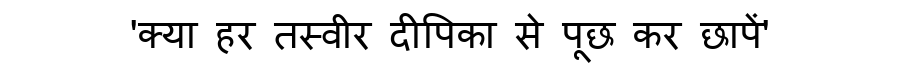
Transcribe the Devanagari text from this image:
'क्या हर तस्वीर दीपिका से पूछ कर छापें'